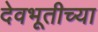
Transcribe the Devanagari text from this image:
देवभूतीच्या